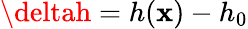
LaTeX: \deltah=h(\mathbf{x})-h_{0}